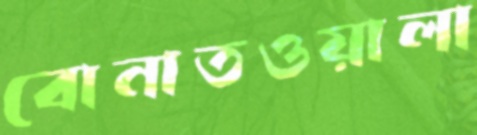
বোনাতওয়ালা